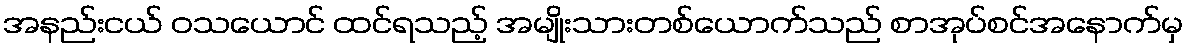
အနည်းငယ် ဝသယောင် ထင်ရသည့် အမျိုးသားတစ်ယောက်သည် စာအုပ်စင်အနောက်မှ